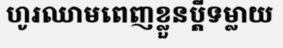
ហូរឈាមពេញខ្លួនប្តីទម្លាយ